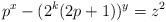
LaTeX: \begin{align*}p^x-(2^k(2p+1))^y=z^2\end{align*}